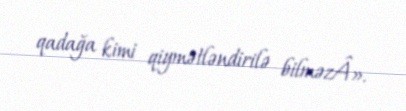
qadağa kimi qiymətləndirilə bilməzÂ».